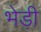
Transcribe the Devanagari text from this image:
भेड़ी